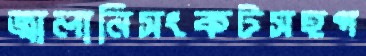
জ্বালানিসংকটসহপ